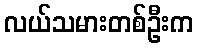
လယ်သမားတစ်ဦးက